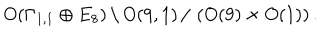
O ( \Gamma _ { 1 , 1 } \oplus E _ { 8 } ) \, \backslash \, O ( 9 , 1 ) \, / \, \left( O ( 9 ) \times O ( 1 ) \right) .